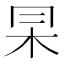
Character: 𠕖